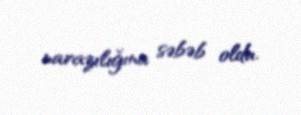
narazılığına səbəb oldu.